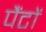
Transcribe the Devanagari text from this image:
पैंटों